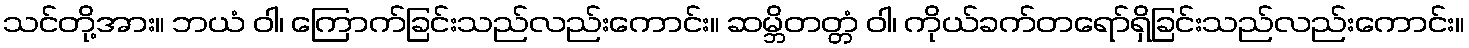
သင်တို့အား။ ဘယံ ဝါ၊ ကြောက်ခြင်းသည်လည်းကောင်း။ ဆမ္ဘိတတ္တံ ဝါ၊ ကိုယ်ခက်တရော်ရှိခြင်းသည်လည်းကောင်း။